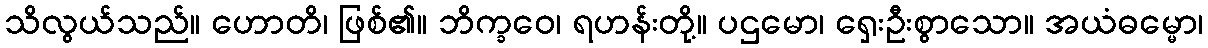
သိလွယ်သည်။ ဟောတိ၊ ဖြစ်၏။ ဘိက္ခဝေ၊ ရဟန်းတို့။ ပဌမော၊ ရှေးဦးစွာသော။ အယံဓမ္မော၊